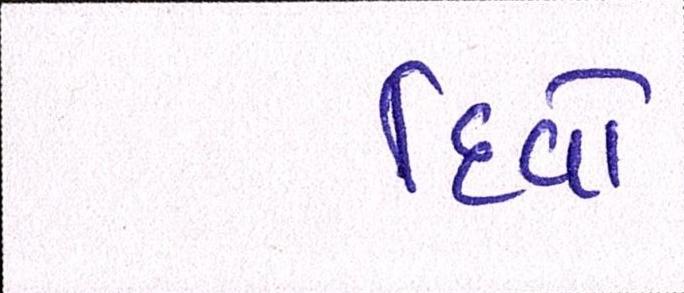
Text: દિવો